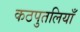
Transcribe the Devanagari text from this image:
कठपुतलियाँ